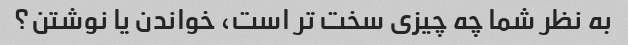
به نظر شما چه چیزی سخت تر است، خواندن یا نوشتن؟